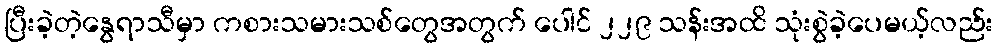
ပြီးခဲ့တဲ့နွေရာသီမှာ ကစားသမားသစ်တွေအတွက် ပေါင် ၂၂၉ သန်းအထိ သုံးစွဲခဲ့ပေမယ့်လည်း